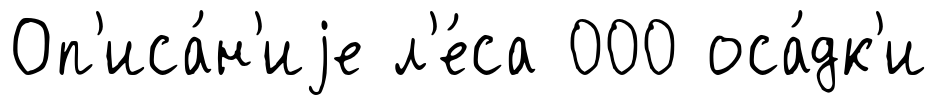
Оп'иса́н'иjе л'е́са 000 оса́дк'и